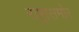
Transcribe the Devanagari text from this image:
राष्ट्रांसमोर